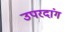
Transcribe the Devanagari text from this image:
उपरदांग